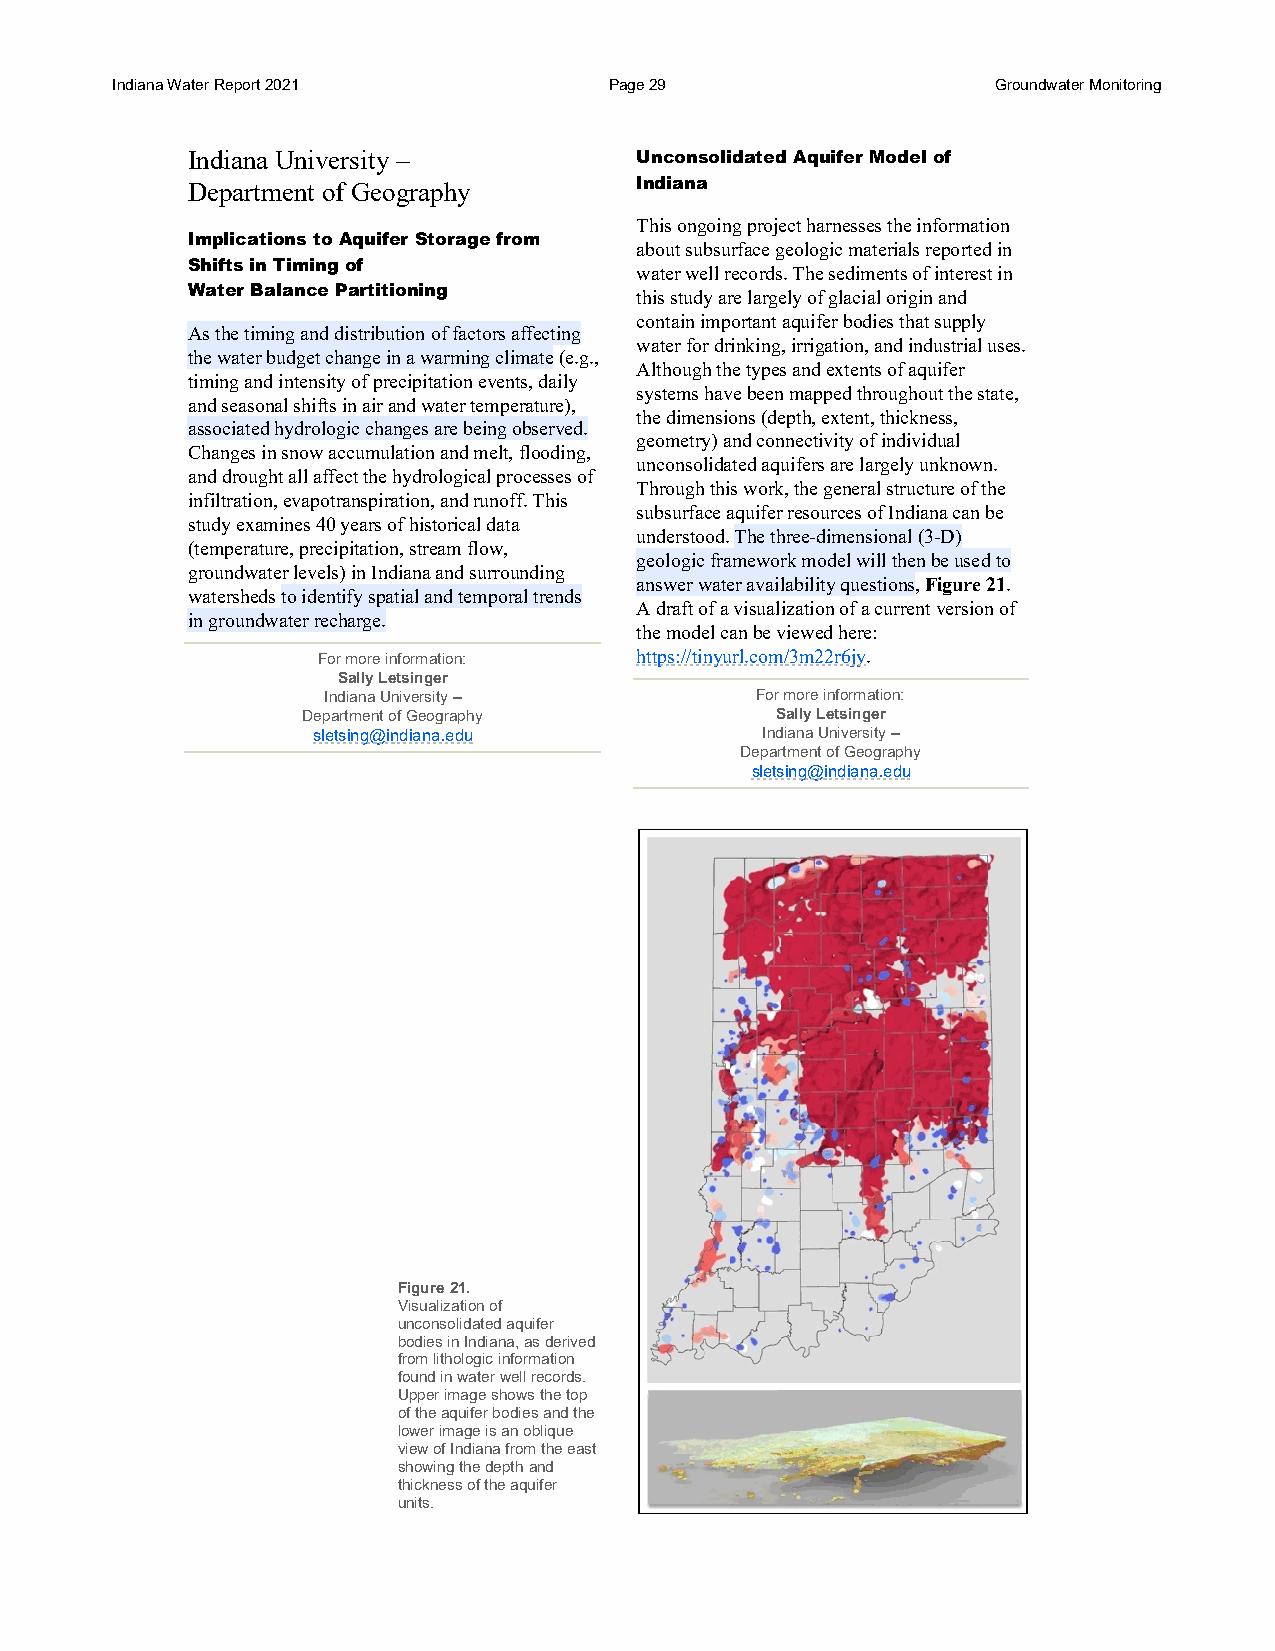
Indiana Water Report 2021        Page 29                   Groundwater Monitoring
 Indiana University –          Unconsolidated Aquifer Model of
 Department of Geography       Indiana
 This ongoing project harnesses the information
 Implications to Aquifer Storage from
 about subsurface geologic materials reported in
 Shifts in Timing of
 water well records. The sediments of interest in
 Water Balance Partitioning
 this study are largely of glacial origin and
 contain important aquifer bodies that supply
 As the timing and distribution of factors affecting
 water for drinking, irrigation, and industrial uses.
 the water budget change in a warming climate (e.g.,
 Although the types and extents of aquifer
 timing and intensity of precipitation events, daily
 systems have been mapped throughout the state,
 and seasonal shifts in air and water temperature),
 the dimensions (depth, extent, thickness,
 associated hydrologic changes are being observed.
 geometry) and connectivity of individual
 Changes in snow accumulation and melt, flooding,
 unconsolidated aquifers are largely unknown.
 and drought all affect the hydrological processes of
 Through this work, the general structure of the
 infiltration, evapotranspiration, and runoff. This
 subsurface aquifer resources of Indiana can be
 study examines 40 years of historical data
 understood. The three-dimensional (3-D)
 (temperature, precipitation, stream flow,
 geologic framework model will then be used to
 groundwater levels) in Indiana and surrounding
 answer water availability questions, Figure 21.
 watersheds to identify spatial and temporal trends
 A draft of a visualization of a current version of
 in groundwater recharge.
 the model can be viewed here:
 For more information: https://tinyurl.com/3m22r6jy.
 Sally Letsinger
 Indiana University –         For more information:
 Department of Geography        Sally Letsinger
 sletsing@indiana.edu         Indiana University –
 Department of Geography
 sletsing@indiana.edu
 Figure 21.
 Visualization of
 unconsolidated aquifer
 bodies in Indiana, as derived
 from lithologic information
 found in water well records.
 Upper image shows the top
 of the aquifer bodies and the
 lower image is an oblique
 view of Indiana from the east
 showing the depth and
 thickness of the aquifer
 units.